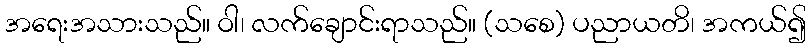
အရေးအသားသည်။ ဝါ၊ လက်ချောင်းရာသည်။ (သစေ) ပညာယတိ၊ အကယ်၍